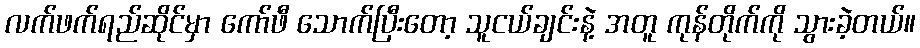
လက်ဖက်ရည်ဆိုင်မှာ ကော်ဖီ သောက်ပြီးတော့ သူငယ်ချင်းနဲ့ အတူ ကုန်တိုက်ကို သွားခဲ့တယ်။